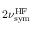
2 \nu _ { \mathrm { s y m } } ^ { \mathrm { H F } }